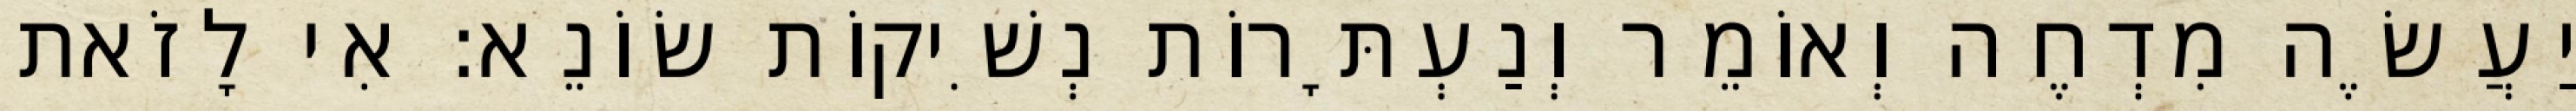
יַעֲשֶׂה מִדְחֶה וְאוֹמֵר וְנַעְתָּרוֹת נְשִׁיקוֹת שׂוֹנֵא: אִי לָזֹאת